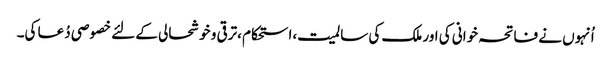
اُنہوں نے فاتحہ خوانی کی اور ملک کی سالمیت،استحکام ،ترقی و خوشحالی کے لئے خصوصی دُعا کی۔